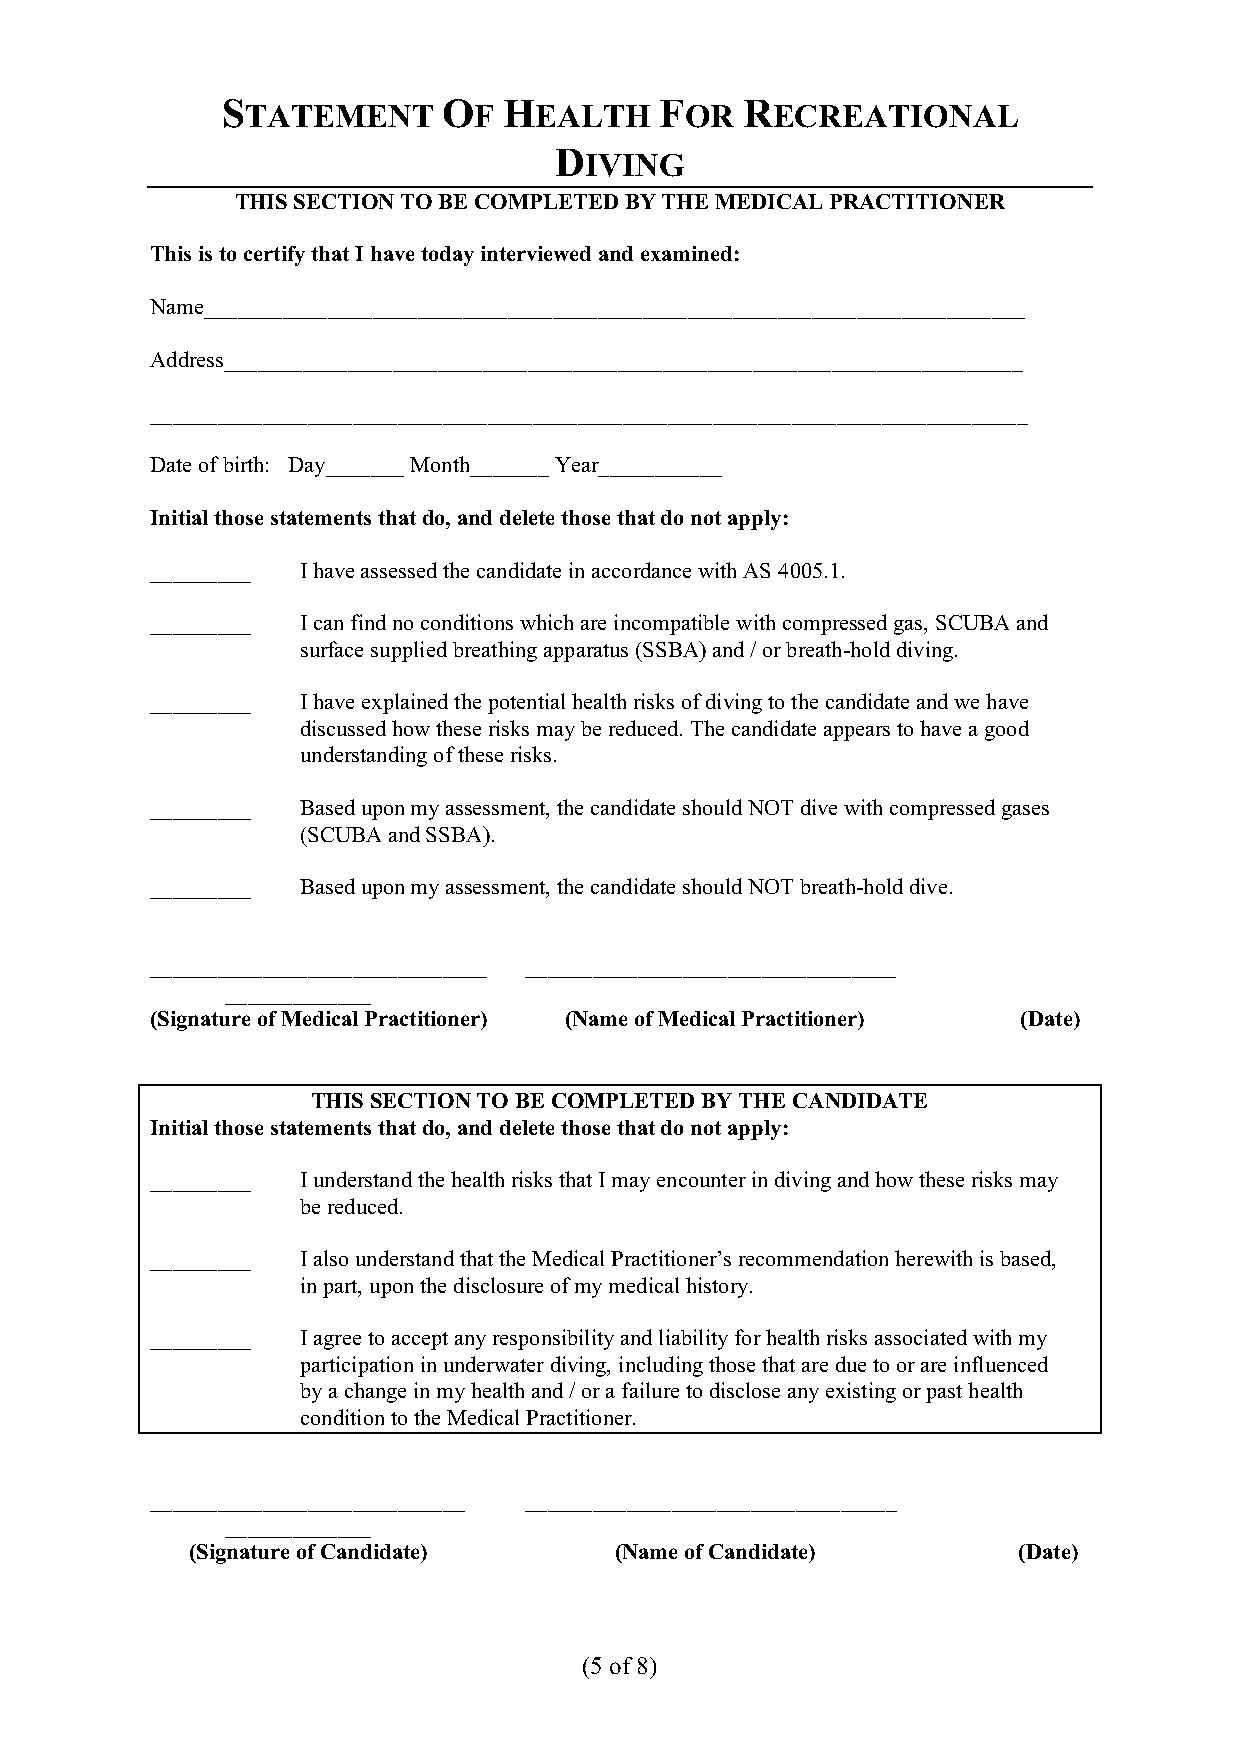
S             O   H          F    R
 TATEMENT       F   EALTH     OR    ECREATIONAL
 D
 IVING
 THIS SECTION TO BE COMPLETED BY THE MEDICAL PRACTITIONER
 This is to certify that I have today interviewed and examined:
 Name_________________________________________________________________________
 Address_______________________________________________________________________
 ______________________________________________________________________________
 Date of birth: Day_______ Month_______ Year___________
 Initial those statements that do, and delete those that do not apply:
 _________ I have assessed the candidate in accordance with AS 4005.1.
 _________ I can find no conditions which are incompatible with compressed gas, SCUBA and
 surface supplied breathing apparatus (SSBA) and / or breath-hold diving.
 _________ I have explained the potential health risks of diving to the candidate and we have
 discussed how these risks may be reduced. The candidate appears to have a good
 understanding of these risks.
 _________ Based upon my assessment, the candidate should NOT dive with compressed gases
 (SCUBA and SSBA).
 _________ Based upon my assessment, the candidate should NOT breath-hold dive.
 ______________________________ _________________________________
 _____________
 (Signature of Medical Practitioner) (Name of Medical Practitioner) (Date)
 THIS SECTION TO BE COMPLETED BY THE CANDIDATE
 Initial those statements that do, and delete those that do not apply:
 _________ I understand the health risks that I may encounter in diving and how these risks may
 be reduced.
 _________ I also understand that the Medical Practitioner’s recommendation herewith is based,
 in part, upon the disclosure of my medical history.
 _________ I agree to accept any responsibility and liability for health risks associated with my
 participation in underwater diving, including those that are due to or are influenced
 by a change in my health and / or a failure to disclose any existing or past health
 condition to the Medical Practitioner.
 ____________________________ _________________________________
 _____________
 (Signature of Candidate)    (Name of Candidate)       (Date)
 (5 of 8)